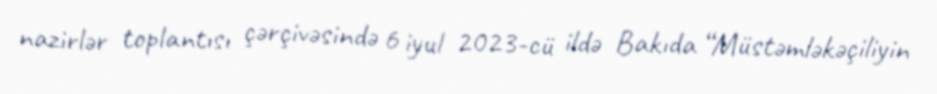
nazirlər toplantısı çərçivəsində 6 iyul 2023-cü ildə Bakıda “Müstəmləkəçiliyin